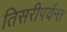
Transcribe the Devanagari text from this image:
तिसरीपर्यन्त